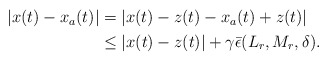
\begin{align*} \begin{aligned}|x(t)-x_a(t)|&=|x(t)-z(t)-x_a(t)+z(t)| \\ & \leq |x(t)-z(t)| +\gamma \bar \epsilon(L_r,M_r, \delta).\end{aligned}\end{align*}